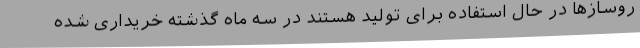
روسازها در حال استفاده برای تولید هستند در سه ماه گذشته خریداری شده